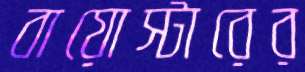
বায়োস্টারের